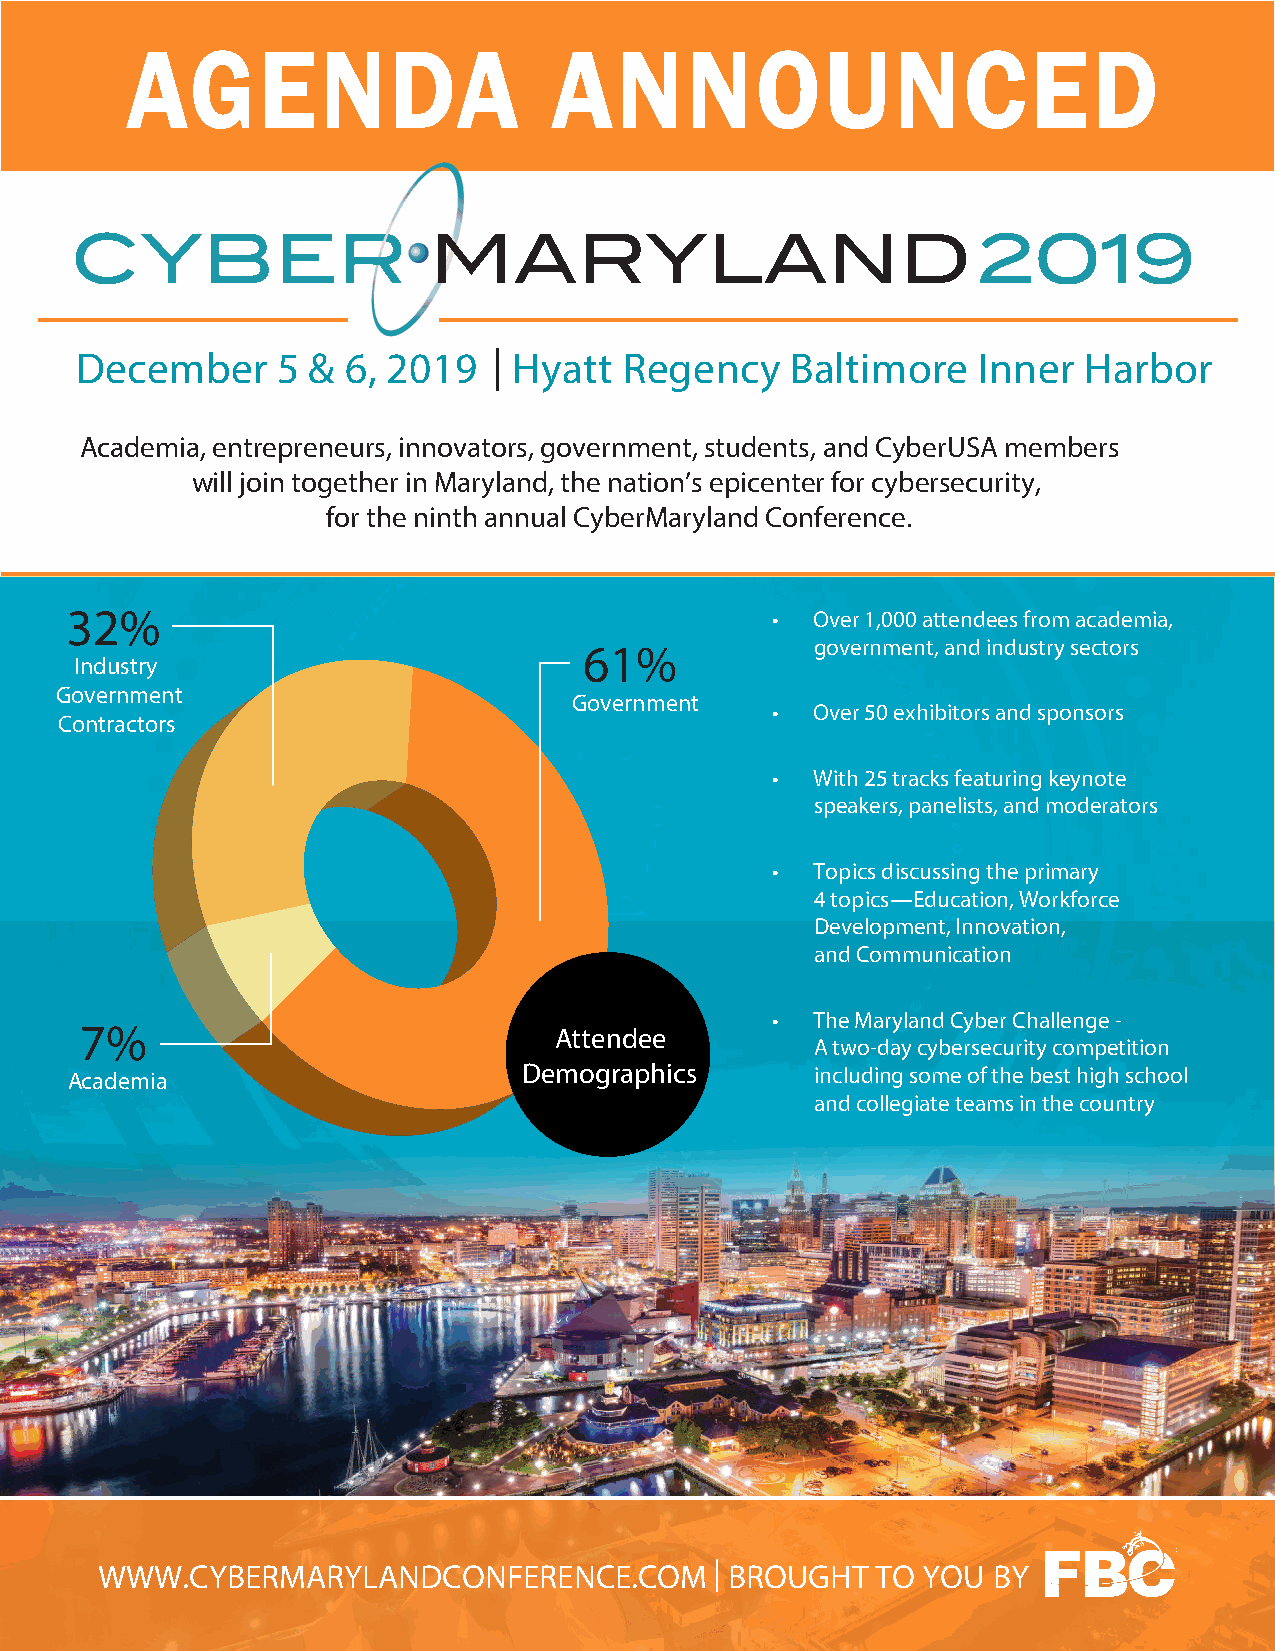
AGENDA                      ANNOUNCED
 December     5 &  6, 2019   | Hyatt Regency    Baltimore    Inner  Harbor
 Academia, entrepreneurs, innovators, government, students, and CyberUSA members
 will join together in Maryland, the nation’s epicenter for cybersecurity,
 for the ninth annual CyberMaryland Conference.
 32%                                            •  Over 1,000 attendees from academia,
 61%            government, and industry sectors
 Industry
 Government
 Government
 •  Over 50 exhibitors and sponsors
 Contractors
 •  With 25 tracks featuring keynote
 speakers, panelists, and moderators
 •  Topics discussing the primary
 4 topics—Education, Workforce
 Development, Innovation,
 and Communication
 •  The Maryland Cyber Challenge -
 7%                              Attendee
 A two-day cybersecurity competition
 Academia                       Demographics       including some of the best high school
 and collegiate teams in the country
 WWW.CYBERMARYLANDCONFERENCE.COM          | BROUGHT  TO YOU  BY